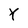
Character: Y